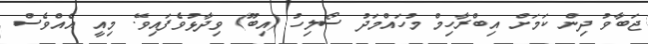
ޖަބާވު ދިން ކަމަށް އިބްރާހިމް މުހައްމަދު ސޯލިހު (އިބޫ) ވިދާޅުވެފައިވޭ. މިއީ އެއްވެސް